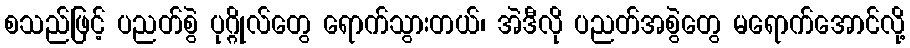
စသည်ဖြင့် ပညတ်စွဲ ပုဂ္ဂိုလ်တွေ ရောက်သွားတယ်၊ အဲဒီလို ပညတ်အစွဲတွေ မရောက်အောင်လို့